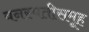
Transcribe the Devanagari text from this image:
वनस्पतीसमूह